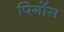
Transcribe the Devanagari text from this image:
पिर्गोस